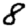
Digit: 8